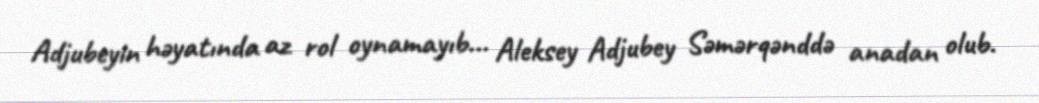
Adjubeyin həyatında az rol oynamayıb... Aleksey Adjubey Səmərqənddə anadan olub.